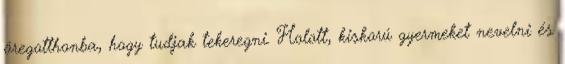
öregotthonba, hogy tudjak tekeregni. Holott, kiskorú gyermeket nevelni és